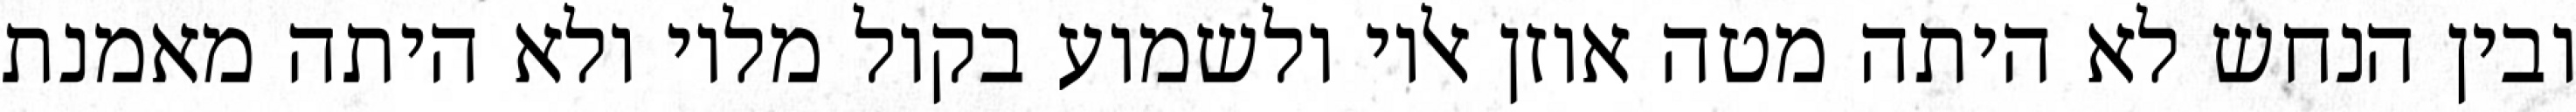
ובין הנחש לא היתה מטה אוזן אליו ולשמוע בקול מליו ולא היתה מאמנת